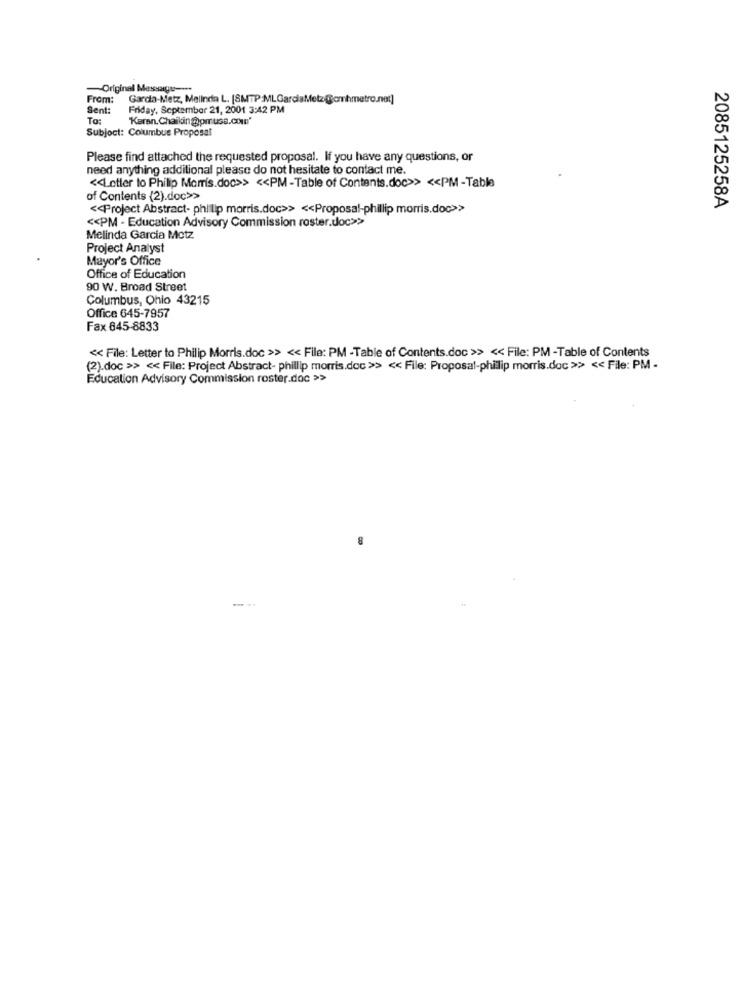
Original Message ---
From:
Garcia-Metz, Melinda L. [SMTP:MLGarciaMetz @omhmetro.net]
Sent:
Friday, September 21, 2001 3:42 PM
To:
'Karan. Chaikin gomr usa.com'
Subject: Columbus Proposal
Please find attached the requested proposal. If you have any questions, or
need anything additional please do not hesitate to contact me.
<< Letter to Philip Morris.doc>> << PM -Table of Contents.doc>> << PM-Table
of Contents (2).doc>>
<< Project Abstract- philip morris.doc>> << Proposal-phillip morris.doc>>
2085125258A
<< PM - Education Advisory Commission roster.doc>>>
Melinda Garcia Motz
Project Analyst
Mayor's Office
Office of Education
90 W. Broad Street
Columbus, Ohio 43215
Office 645-7957
Fax 845-8833
<< File: Letter to Philip Morris.doc >> << File: PM -Table of Contents.doc >> << File: PM -Table of Contents
(2).doc >> << File: Project Abstract- phillip morris.doc >> << File: Proposal-philip morris.doc >> << File: PM -
Education Advisory Commission roster.doc >>